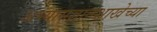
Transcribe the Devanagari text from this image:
अभ्यासज्ञानशाखेच्या